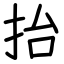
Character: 抬